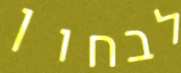
לבחון